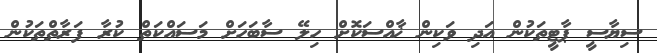
ސިޔާސީ ޕާޓީތަކުން އަދި ވަކިން ޚާއްސަކޮށް ހިލޭ ސާބަހަށް މަސައްކަތް ކުރާ ފަރާތްތަކުން